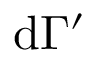
\mathrm { d } \Gamma ^ { \prime }